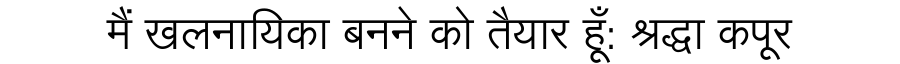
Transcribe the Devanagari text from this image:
मैं खलनायिका बनने को तैयार हूँ: श्रद्धा कपूर